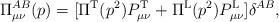
LaTeX: \begin{align*}\Pi^{AB}_{\mu\nu}(p) = [\Pi^{\rm T}(p^2) P^{\rm T}_{\mu\nu} + \Pi^{\rm L}(p^2) P^{\rm L}_{\mu\nu} ] \delta^{AB} ,\end{align*}